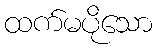
ထက်မပိုသော